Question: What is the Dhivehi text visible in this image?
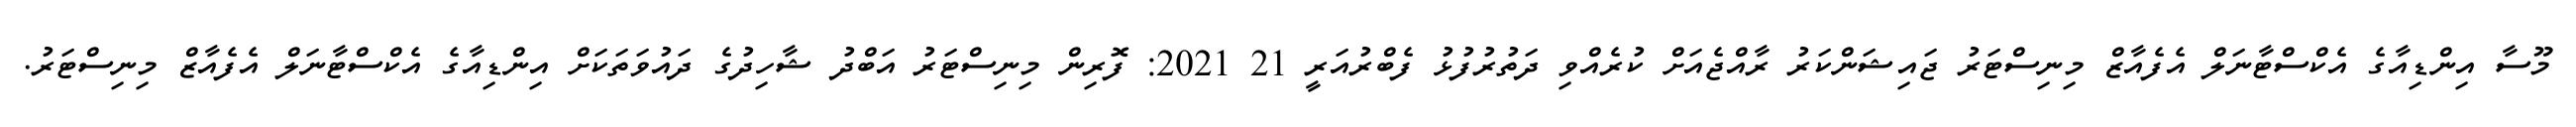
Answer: މޫސާ އިންޑިއާގެ އެކްސްޓާނަލް އެފެއާޒް މިނިސްޓަރު ޖައިޝަންކަރު ރާއްޖެއަށް ކުރެއްވި ދަތުރުފުޅު ފެބްރުއަރީ 21 2021: ފޮރިން މިނިސްޓަރު އަބްދު ޝާހިދުގެ ދައުވަތަކަށް އިންޑިއާގެ އެކްސްޓާނަލް އެފެއާޒް މިނިސްޓަރު.